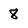
Character: 8